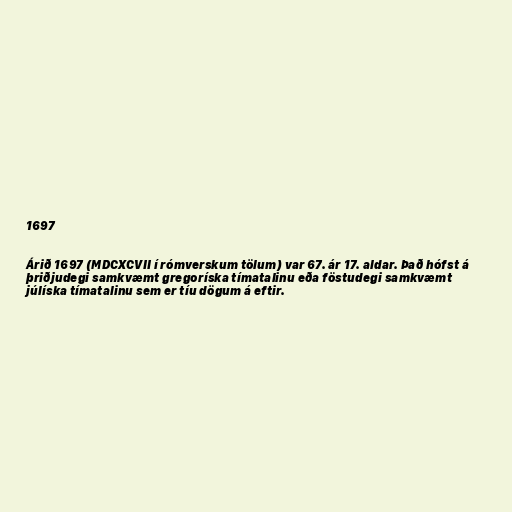
1697

Árið 1697 (MDCXCVII í rómverskum tölum) var 67. ár 17. aldar. Það hófst á
þriðjudegi samkvæmt gregoríska tímatalinu eða föstudegi samkvæmt
júlíska tímatalinu sem er tíu dögum á eftir.